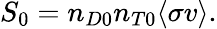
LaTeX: S_{0}=n_{D0}n_{T0}\langle\sigma v\rangle.